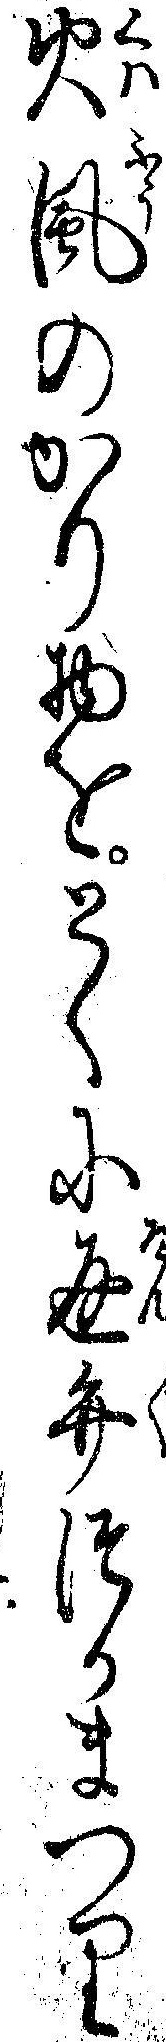
火風のかり物をとくに返弁つかまつり